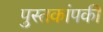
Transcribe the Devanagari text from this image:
पुस्तकांपकी